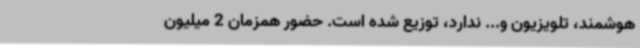
هوشمند، تلویزیون و... ندارد، توزیع ‌شده است. حضور همزمان 2 میلیون